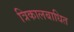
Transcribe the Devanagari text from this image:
त्रिकालबाधित